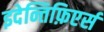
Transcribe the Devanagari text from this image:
इदेन्तिफ़िएर्स